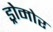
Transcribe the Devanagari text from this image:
ड्रोमोर